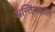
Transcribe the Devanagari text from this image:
अन्तिमकाल